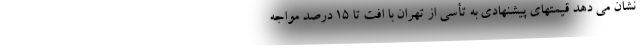
نشان می دهد قیمتهای پیشنهادی به تأسی از تهران با افت تا ۱۵ درصد مواجه